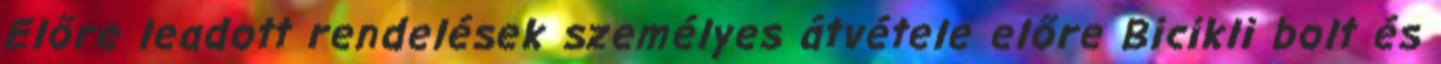
Előre leadott rendelések személyes átvétele előre Bicikli bolt és